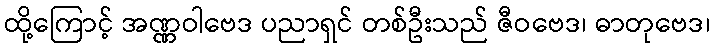
ထို့ကြောင့် အဏ္ဏဝါဗေဒ ပညာရှင် တစ်ဦးသည် ဇီဝဗေဒ၊ ဓာတုဗေဒ၊